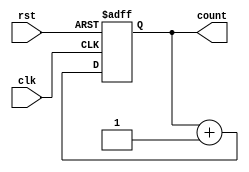
module async_counter #(parameter N = 4) (
    input wire clk,             // Clock input
    input wire rst,             // Asynchronous reset
    output reg [N-1:0] count    // N-bit count output
);

// Always block to handle asynchronous reset and counting
always @(posedge clk or posedge rst) begin
    if (rst) begin
        count <= 0; // Reset count to 0
    end else begin
        // Count logic: toggle the bits based on the current count
        count <= count + 1; // Increment count
    end
end

endmodule